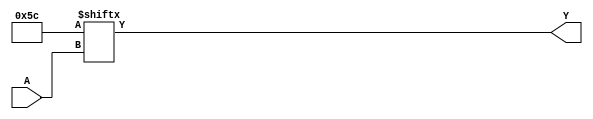
module hybrid_minimization (
    input wire [2:0] A, // 3 input variables
    output wire Y       // Output
);

// Internal signals for MUX selection
wire [7:0] MUX_inputs; // 8 inputs for the MUX

// Example: Define the minimized logic function using a truth table
// Assume the minimized expression is Y = A0'A1 + A1'A2 + A0A2
assign MUX_inputs[0] = 1'b0; // MUX input for 000
assign MUX_inputs[1] = 1'b0; // MUX input for 001
assign MUX_inputs[2] = 1'b1; // MUX input for 010
assign MUX_inputs[3] = 1'b1; // MUX input for 011
assign MUX_inputs[4] = 1'b1; // MUX input for 100
assign MUX_inputs[5] = 1'b0; // MUX input for 101
assign MUX_inputs[6] = 1'b1; // MUX input for 110
assign MUX_inputs[7] = 1'b0; // MUX input for 111

// MUX implementation
assign Y = MUX_inputs[{A[2], A[1], A[0]}]; // Select MUX input based on A

endmodule